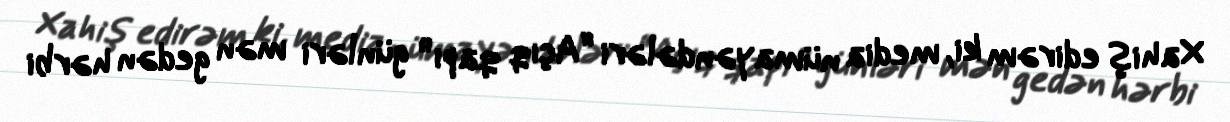
Xahiş edirəm ki, media nümayəndələri “Açıq qapı” günləri mən gedən hərbi